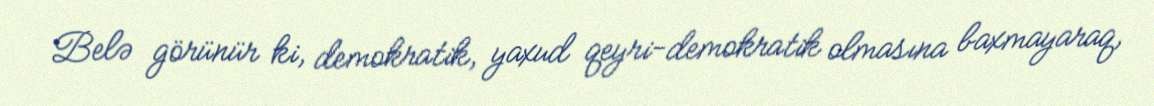
Belə görünür ki, demokratik, yaxud qeyri-demokratik olmasına baxmayaraq,